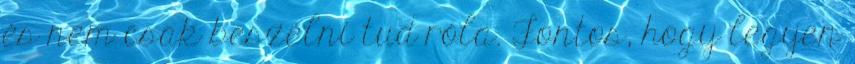
és nem csak beszélni tud róla. Fontos, hogy legyen